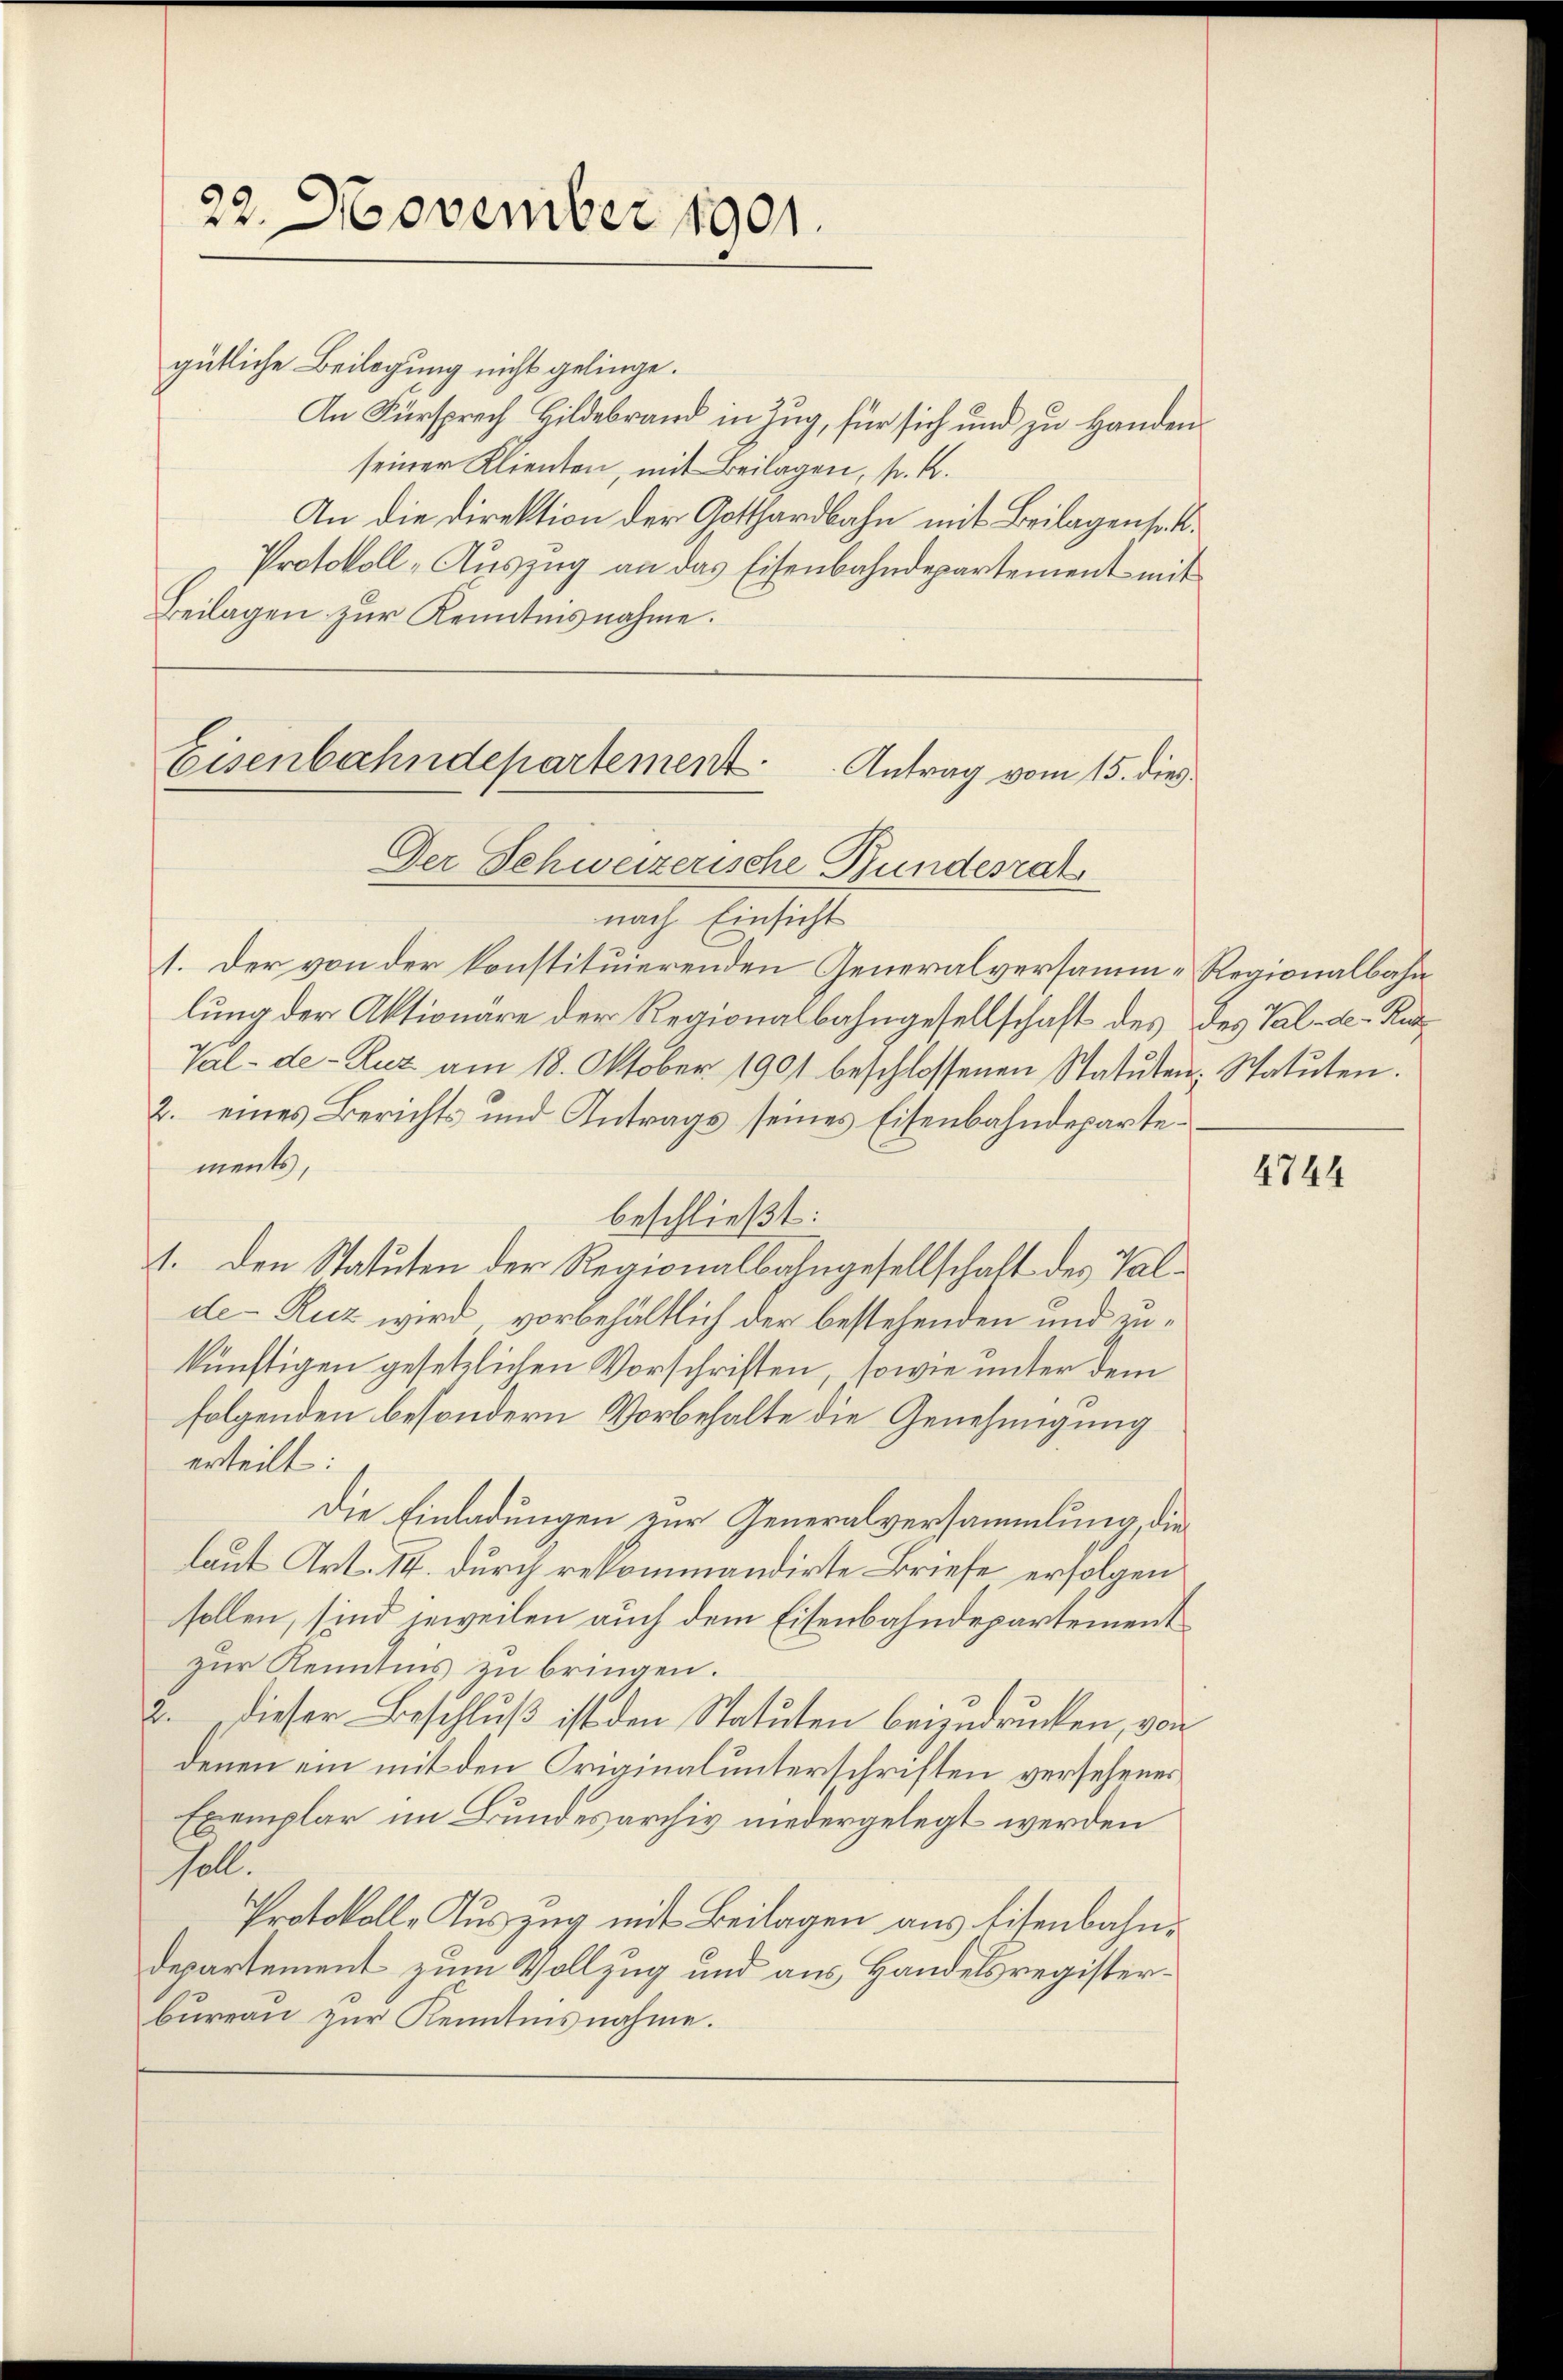
gütliche Beilegung nicht gelinge.
An Fürsprech Hildebrand in Zug, für sich und zu Handen
seiner Klienten, mit Beilagen, s. K.
An die Direktion der Gotthardbahn mit Beilagensat¬
Protokoll-Auszug an das Eisenbahndepartement mit
Beilagen zur Kenntnisnahme.

22. November 1901.

Eisenbahndepartement.
Antrag vom 15. dies
Der Schweizerische Bundesrat

nach Einsicht
1. Der von der konstituierenden Generalversamm-Regionalbahnlung der Aktionäre der Regionalbahngesellschaft des des Tal. d. Kur¬
Val-de-Ruz am 18. Oktober 1901 beschlossenen Statuten. Statuten.
2. eines Berichts und Antrags seines Eisenbahndepartements,
beschließt:
41. Den Statuten der Regionalbahngesellschaft des Talde-Ruz wird, vorbehältlich der bestehenden und zukünftigen gesetzlichen Vorschriften, sowie unter dem
folgenden besondern Vorbehalte die Genehmigung
erteilt:
Die Einladungen zur Generalversammlung, die
laut Art. 14. durch rekommandirte Briefe erfolgen
sollen, sind jeweilen auch dem Eisenbahndepartement
zur Kenntnis zu bringen.
2. dieser Beschluß ist den Statuten beizudrucken, von
denen ein mit den Originalunterschriften versehenes
Exemplar im Bundesarchiv niedergelegt werden
soll.
Protokolle Auszug mit Beilagen aus Eisenbahndepartement zum Vollzug und aus Handelsregisterbureau zur Kenntnisnahme.

4744